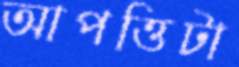
আপত্তিটা